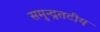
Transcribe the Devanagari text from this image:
समुन्द्रतटीय